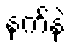
နက်နဲ